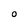
Character: O